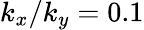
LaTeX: k_{x}/k_{y}=0.1